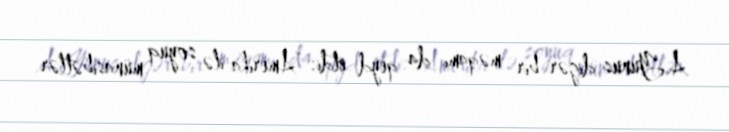
A.Yunus digər bir məqamı da qeyd etdi: “Amerika ilə soyuq münasibətlər